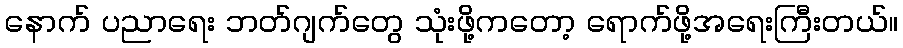
နောက် ပညာရေး ဘတ်ဂျက်တွေ သုံးဖို့ကတော့ ရောက်ဖို့အရေးကြီးတယ်။